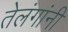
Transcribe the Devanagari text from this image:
तेलंगांनी